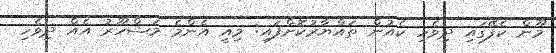
މޫން ކެފޭގައި ދިވެހި ކެއުން ތައްޔާރުކޮށްފައި: މިއީ އެންމެ މަޝްހޫރު އެއް ދިވެހި